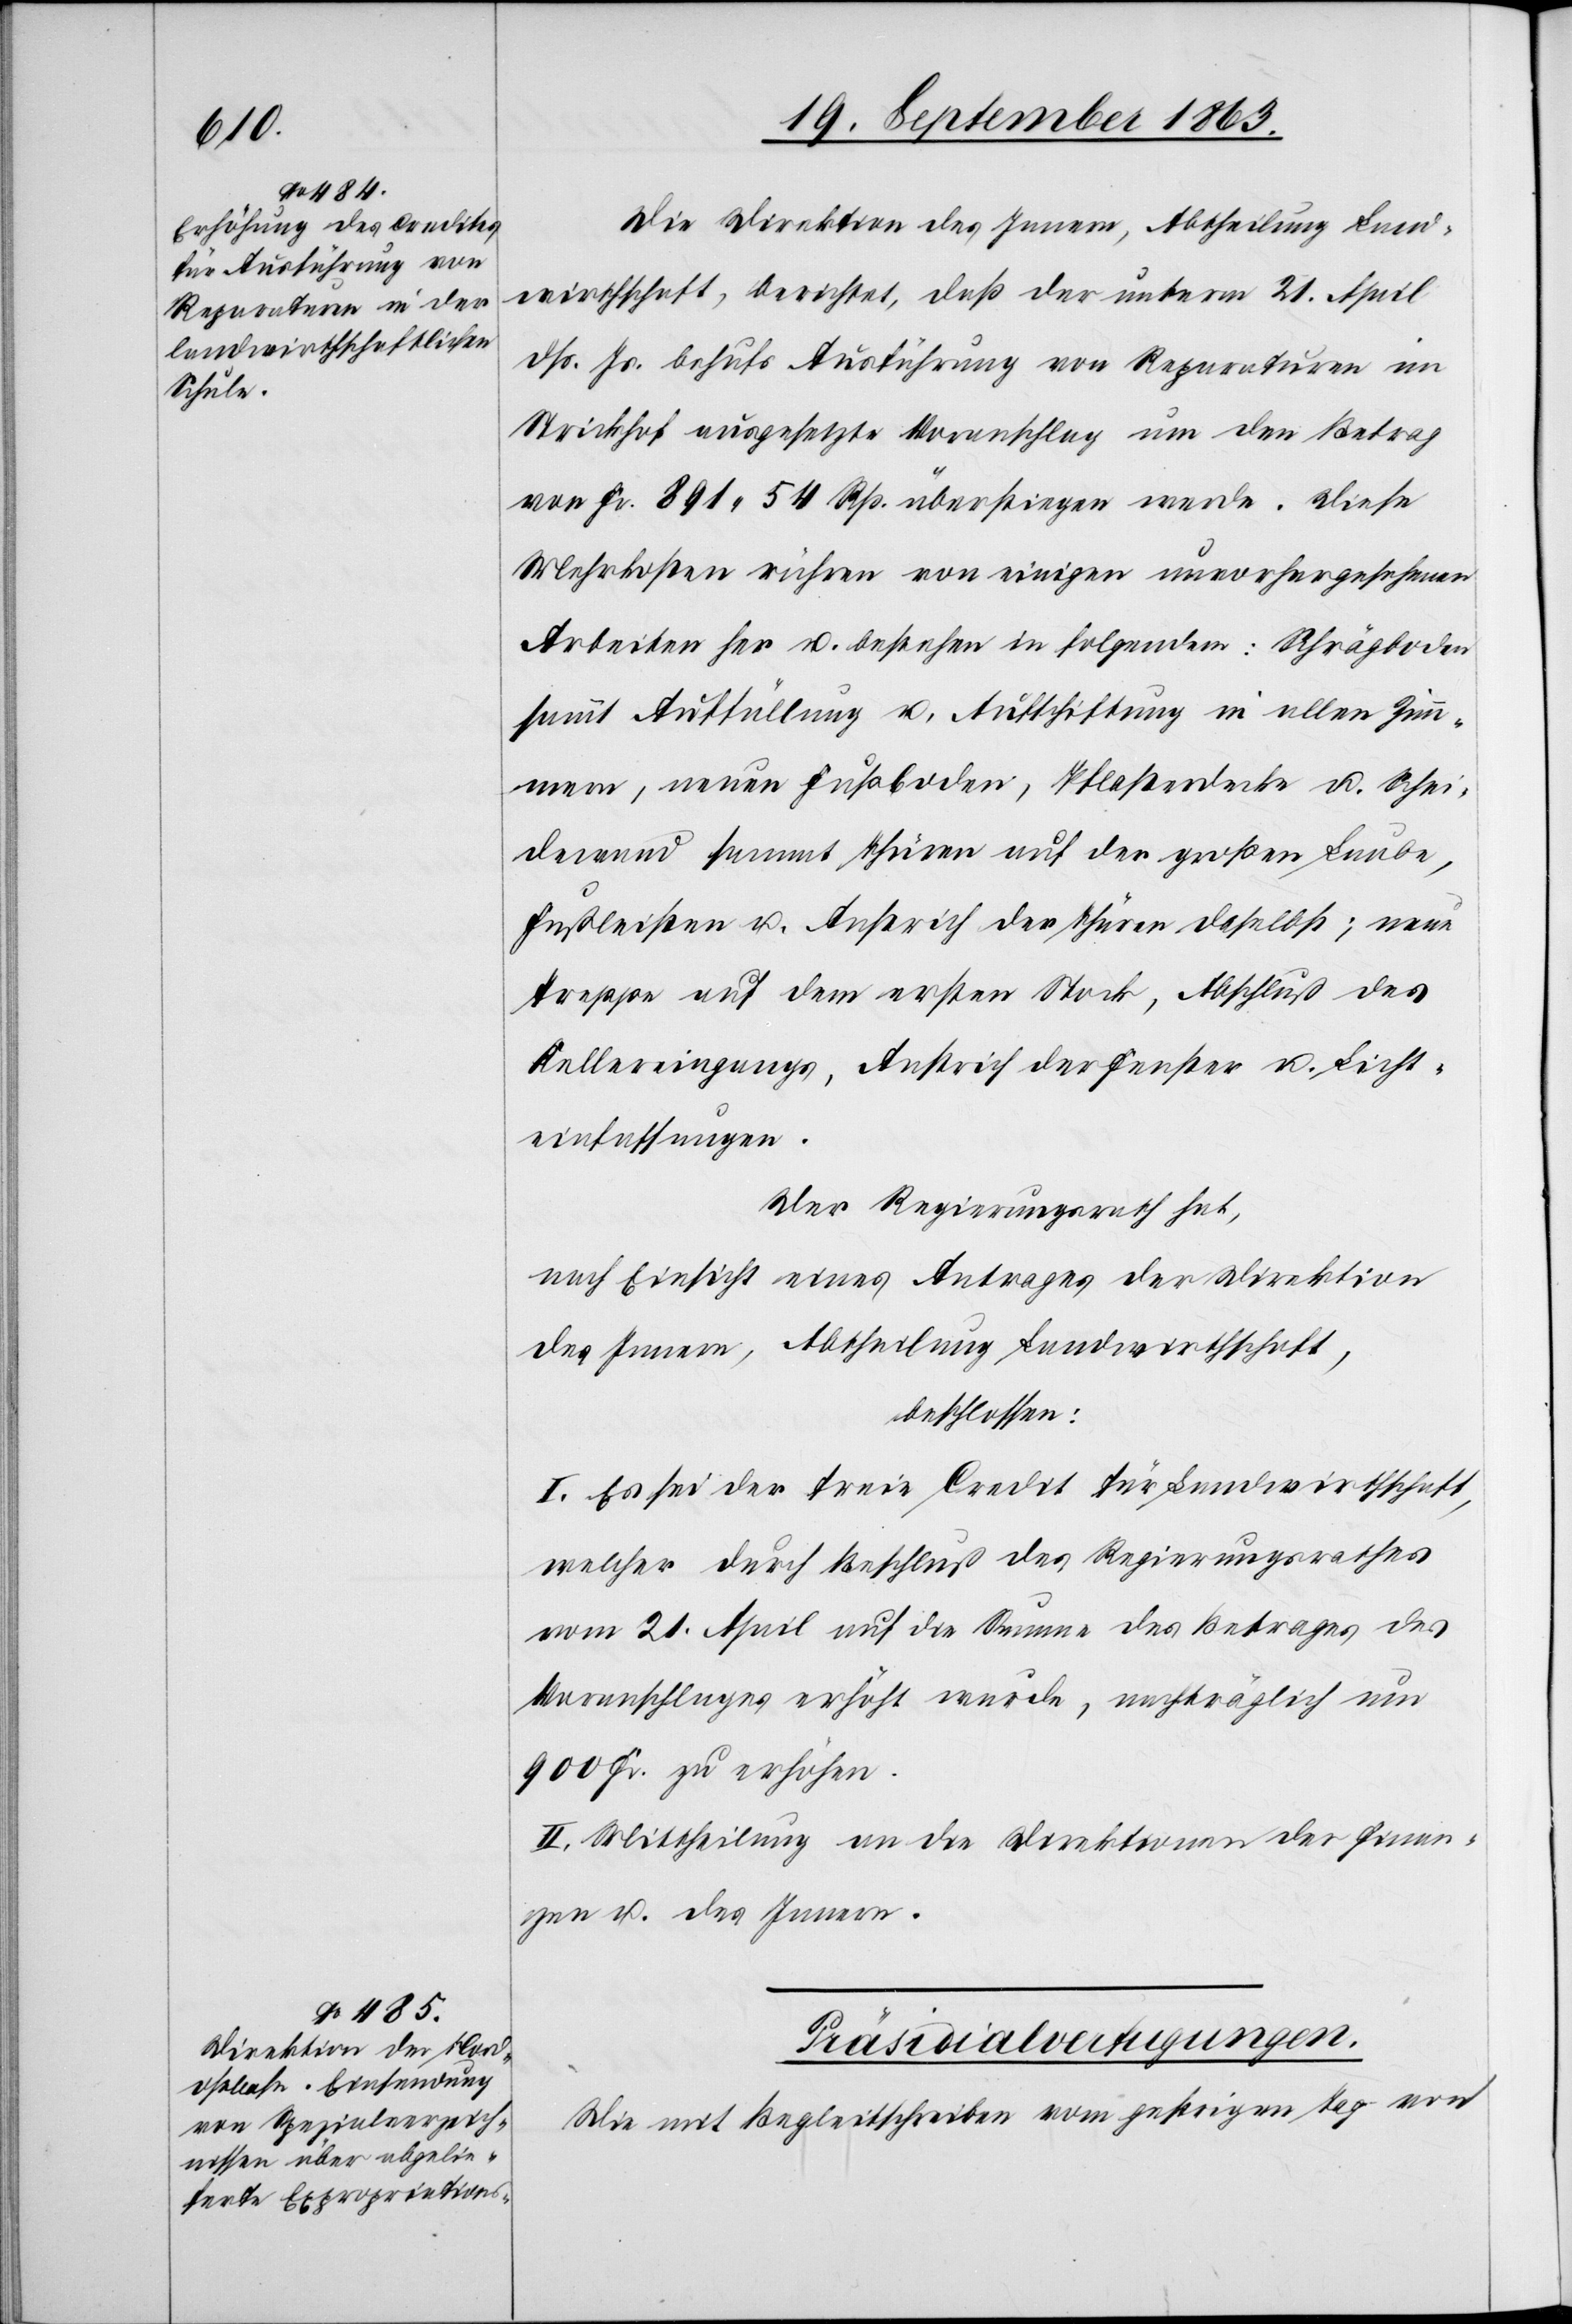
[19. September 1863.]
Die Direktion des Innern, Abtheilung Land¬
wirthschaft, berichtet, daß der unterm 21. April
dß. Js. behufs Ausführung von Reparaturen im
Strickhof ausgesetzte Voranschlag um den Betrag
von Fr. 891. 54 Rp. überstiegen werde. Diese
Mehrkosten rühren von einigen unvorhergesehenen
Arbeiten her u. bestehen in folgendem: Schrägboden
sammt Auffüllung u. Aufschiftung in allen Zim¬
mern, neuen Fußboden, Pflasterdecke u. Schei¬
dewand sammt Thüren auf der Großen Laube,
Fußleisten u. Anstrich der Thüren daselbst; neue
Treppe auf dem ersten Stock, Abschluß des
Kellereingangs, Anstrich der Fenster u. Licht¬
einfassungen.
Der Regierungsrath hat,
nach Einsicht eines Antrages der Direktion
des Innern, Abtheilung Landwirthschaft,
beschlossen:
I. Es sei der freie Credit für Landwirthschaft,
welcher durch Beschluß des Regierungsrathes
vom 21. April auf die Summe des Betrages des
Voranschlages erhöht wurde, nachträglich um
900 Fr. zu erhöhen.
II. Mittheilung an die Direktionen der Finan¬
zen u. des Innern.
Präsidialverfugungen.
Die mit Begleitschreiben vom gestrigen Tag von